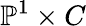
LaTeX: \mathbb{P}^{1}\times C